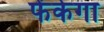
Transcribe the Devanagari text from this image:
फेंकेगा